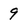
Character: 9